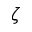
\zeta